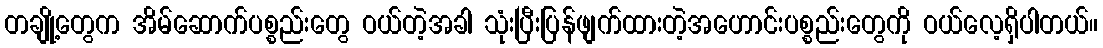
တချို့တွေက အိမ်ဆောက်ပစ္စည်းတွေ ဝယ်တဲ့အခါ သုံးပြီးပြန်ဖျက်ထားတဲ့အဟောင်းပစ္စည်းတွေကို ဝယ်လေ့ရှိပါတယ်။